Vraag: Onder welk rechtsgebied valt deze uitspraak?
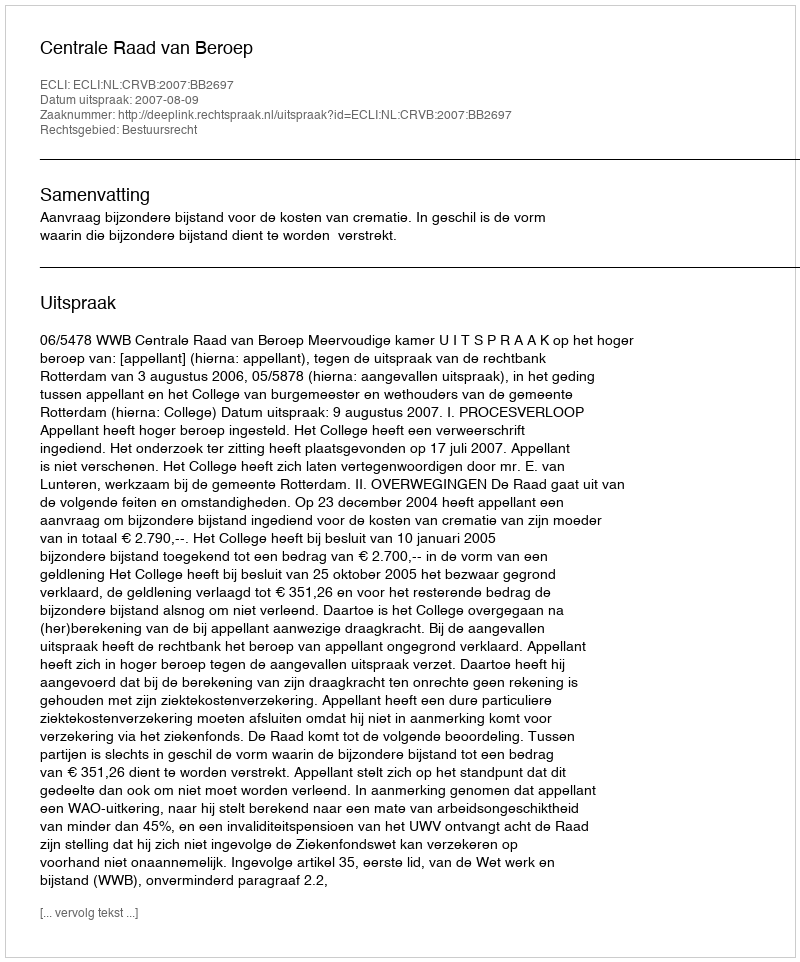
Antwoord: Bestuursrecht